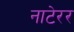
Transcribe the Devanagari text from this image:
नाटेरर